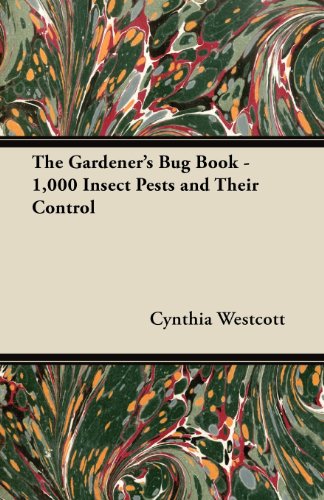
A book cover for The Gardener's Bug Book - 1,000 Insect Pests and Their Control; Cynthia Westcott; Science & Math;